Kambja_algkool, lk 48
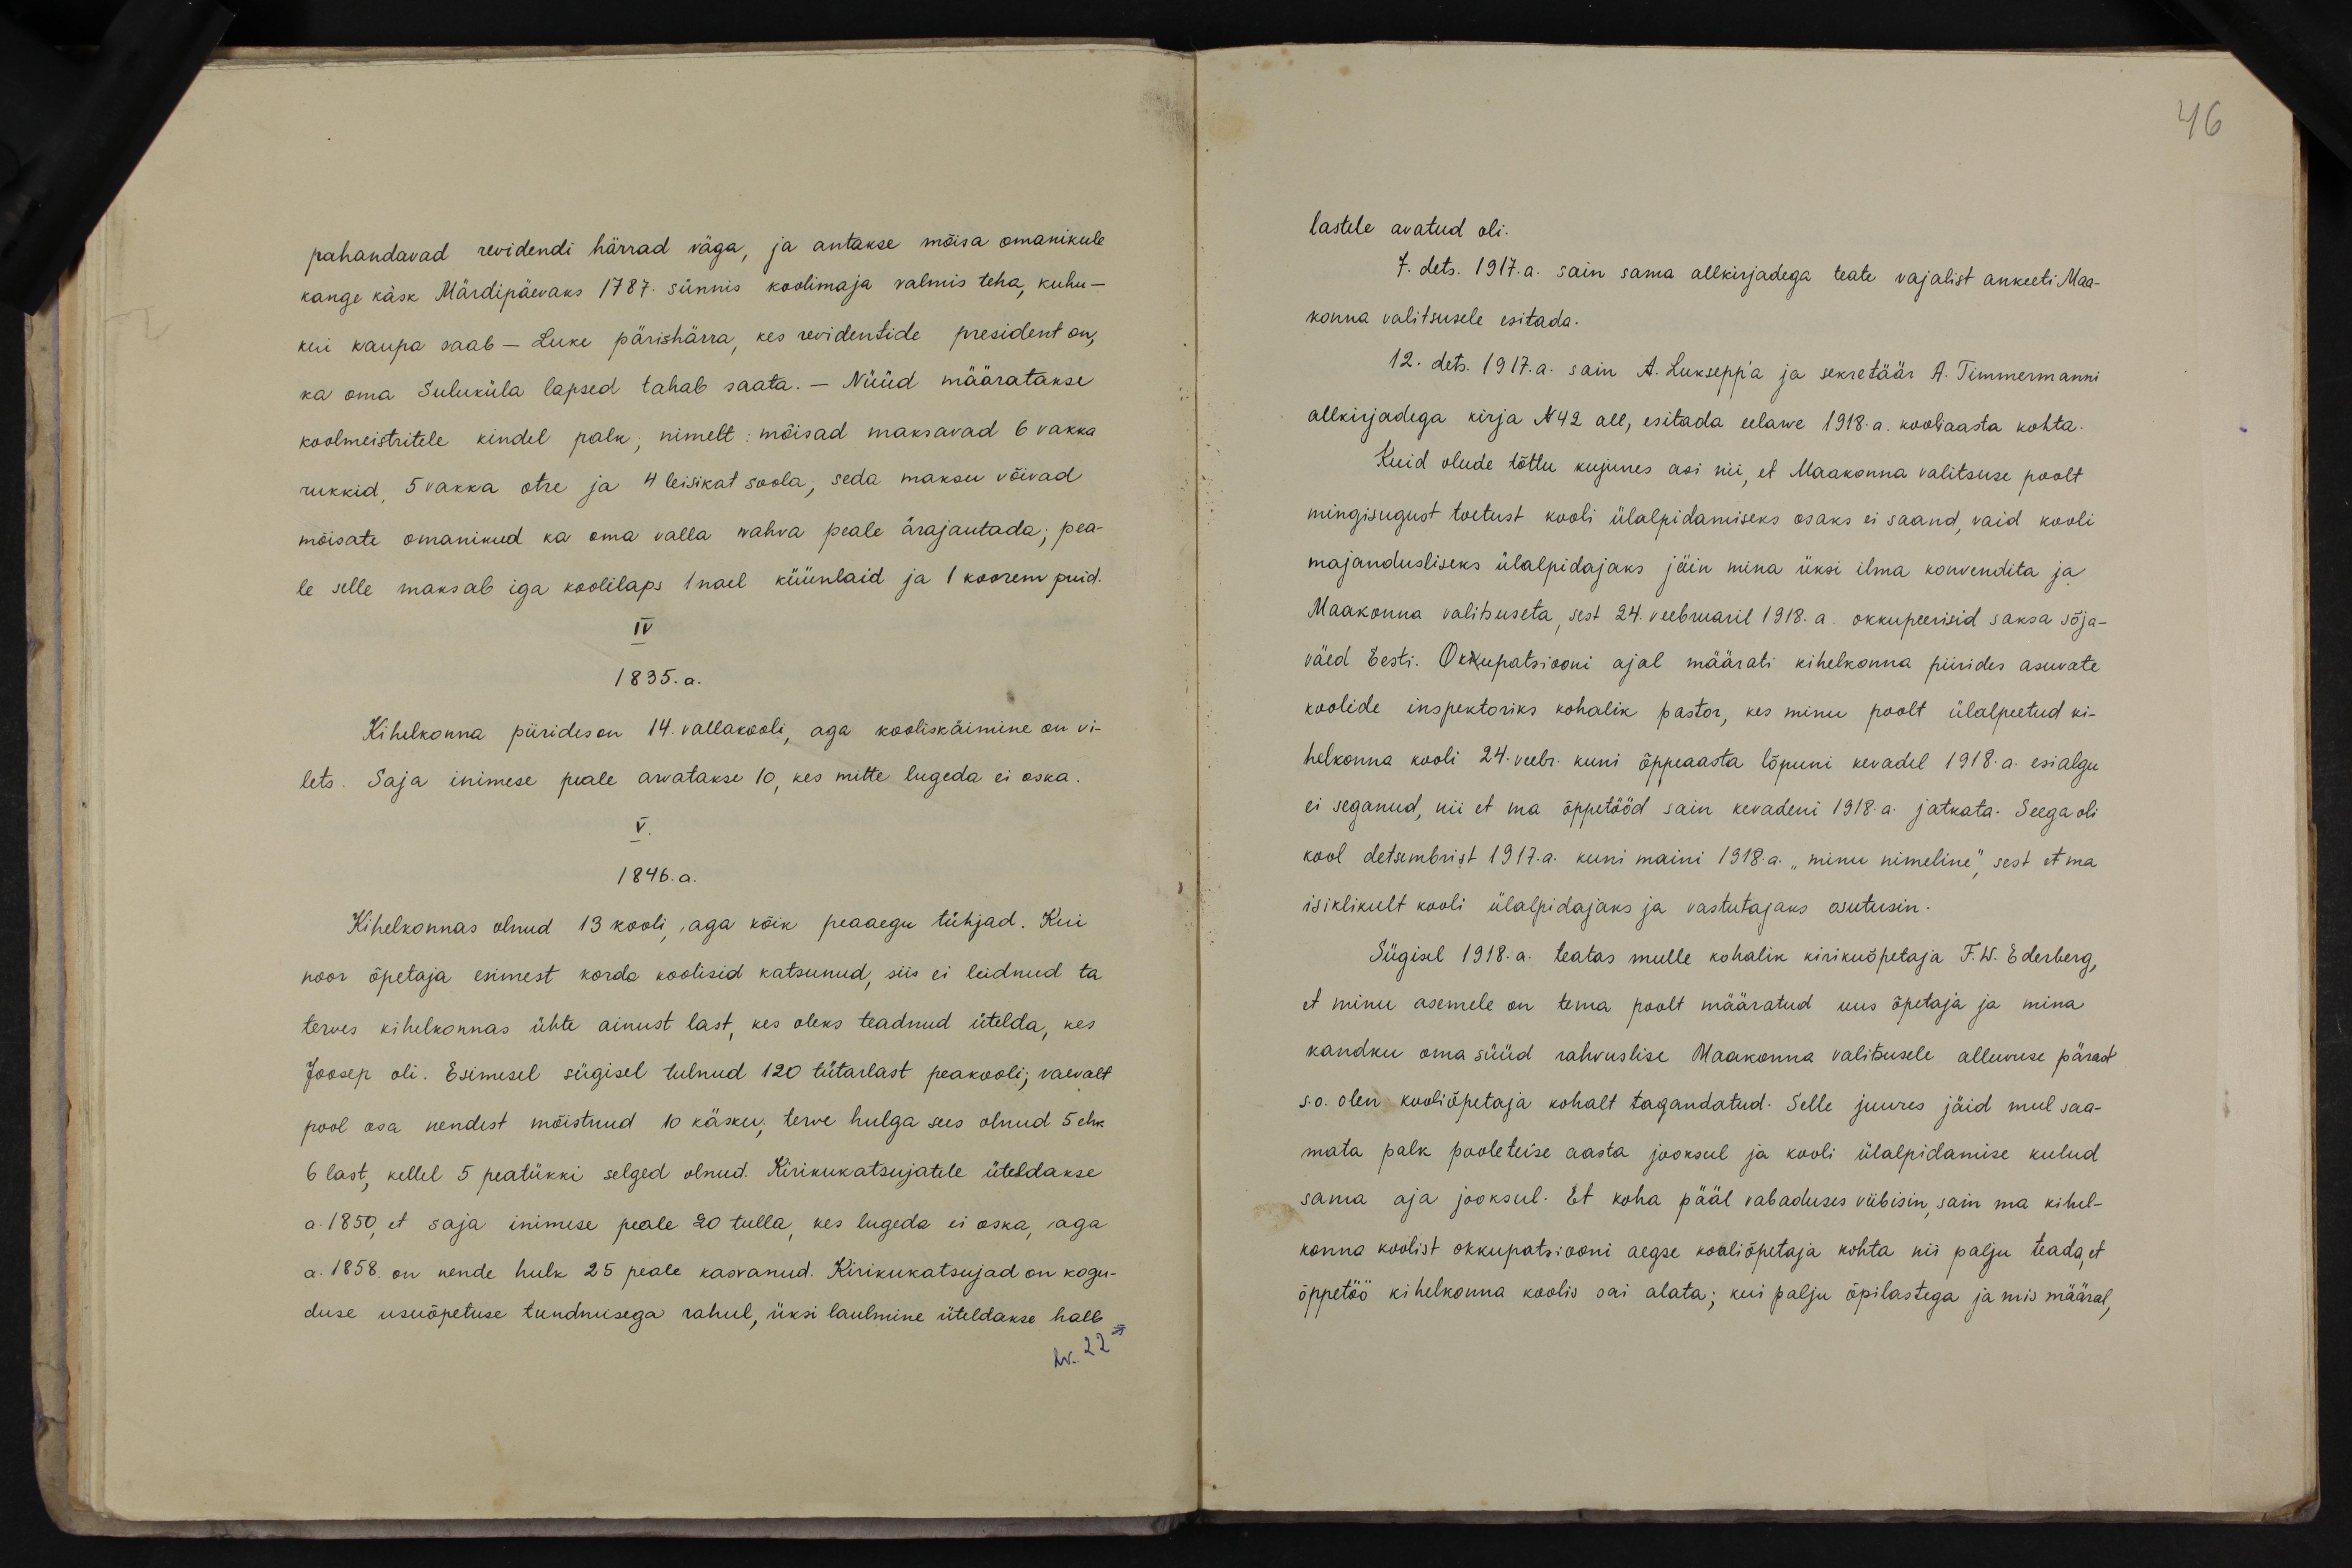
46

pahandavad revidendi härrad väga, ja antakse mõisa omanikule
kange käsk Märdipäevaks 1787. sünnis koolimaja valmis teha, kuhu-
kui kaupa saab - Luke pärishärra, kes revidentide president on,
ka oma Suluküla lapsed tahab saata. - Nüüd määratakse
koolmeistritele kindel palk; nimelt: mõisad maksavad 6 vakka
rukkid, 5 vakka otre ja 4 leisikat soola, seda maksu võivad
mõisate omanikud ka oma valla vahva peale ärajautada; pea-
le selle maksab iga koolilaps 1 nael küünlaid ja 1 koorem puid.
IV
1835. a.
Kihelkonna piirides on 14. vallakooli, aga kooliskäimine on vi-
lets. Saja inimese peale arvatakse 10, kes mitte lugeda ei oska.
V.
1846. a.
Kihelkonnas olnud 13 kooli, aga kõik peaaegu tühjad. Kui
noor õpetaja esimest korda koolisid katsunud, siis ei leidnud ta
terves kihelkonnas ühte ainust last, kes oleks teadnud ütelda, kes
Joosep oli. Esimesel sügisel tulnud 120 tütarlast peakooli, vaevalt
pool osa nendest mõistnud 10 käsku; terve hulga sees olnud 5 ehk
6 last, kellel 5 peatükki selged olnud. Kirikukatsujatele üteldakse
a. 1850, et saja inimese peale 20 tulla, kes lugeda ei oska, aga
a. 1858. on nende hulk 25 peale kasvanud. Kirikukatsujad on kogu-
duse usuõpetuse tundmisega rahul, üksi laulmine üteldakse halb
N. 22 ->

lastele avatud oli.
7. dets. 1917. a. sain sama allkirjadega teate vajalist ankeeti Maa-
konna valitsusele esitada.
12. dets. 1917. a. sain A. Luksepp`a ja sekretäär A. Timmermanni
allkirjadega kirja N42 all, esitada eelarve 1918.a. kooliaasta kohta.
Kuid olude tõttu kujunes asi nii, et Maakonna valitsuse poolt
mingisugust toetust kooli ülalpidamiseks osaks ei saand, vaid kooli
majandusliseks ülalpidajaks jäin mina üksi ilma konvendita ja
Maakonna valitsuseta, sest 24. veebruaril 1918. a. okkupeerisid saksa sõja-
väed Eesti. Okupatsiooni ajal määrati kihelkonna piirides asuvate
koolide inspektoriks kohalik pastor, kes minu poolt ülalpeetud ki-
helkonna kooli 24. veebr. kuni õppeaasta lõpuni kevadel 1918. a. esialgu
ei seganud, nii et ma õppetööd sain kevadeni 1918. a. jätkata. Seega oli
kool detsembrist 1917.a. kuni maini 1918. a. "minu nimeline" sest et ma
isiklikult kooli ülalpidajaks ja vastutajaks asutusin.
Sügisel 1918. a. teatas mulle kohalik kirikuõpetaja F. W. Ederberg,
et minu asemele on tema poolt määratud uus õpetaja ja mina
kandku oma süüd rahvuslise Maakonna valitsusele alluvuse pärast
s.o olen kooliõpetaja kohalt tagandatud. Selle juures jäid mul saa-
mata palk pooleteise aasta jooksul ja kooli ülalpidamise kulud
sama aja jooksul. Et koha pääl vabaduses viibisin, sain ma kihel-
konna koolist okkupatsiooni aegse kooliõpetaja kohta nii palju teada, et
õppetöö kihelkonna koolis sai alata; kui palju õpilastega ja mis määral,